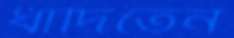
ধাঁদিতেন